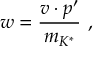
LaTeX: w = { \frac { v \cdot p ^ { \prime } } { m _ { K ^ { * } } } } \ ,